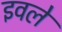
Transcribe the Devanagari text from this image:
इवले